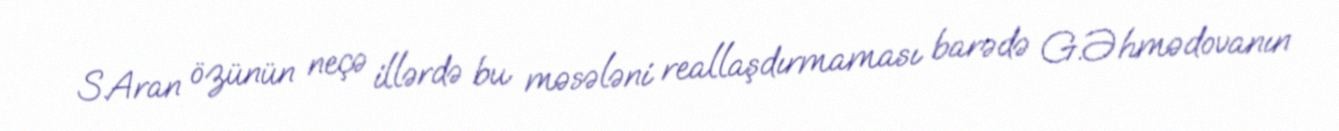
S.Aran özünün neçə illərdə bu məsələni reallaşdırmaması barədə G.Əhmədovanın